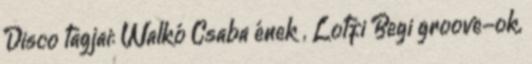
Disco tagjai: Walkó Csaba ének , Lotfi Begi groove-ok,